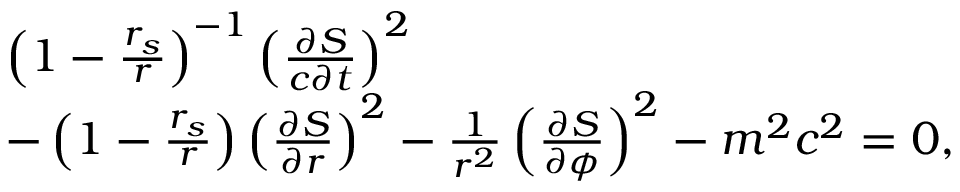
\begin{array} { l } { \left( 1 - \frac { r _ { s } } { r } \right) ^ { - 1 } \left( \frac { \partial S } { c \partial t } \right) ^ { 2 } } \\ { - \left( 1 - \frac { r _ { s } } { r } \right) \left( \frac { \partial S } { \partial r } \right) ^ { 2 } - \frac { 1 } { r ^ { 2 } } \left( \frac { \partial S } { \partial \phi } \right) ^ { 2 } - m ^ { 2 } c ^ { 2 } = 0 , } \end{array}